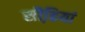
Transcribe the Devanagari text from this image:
सीढि़यां